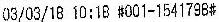
03/03/18 10:18 #001-1541798#